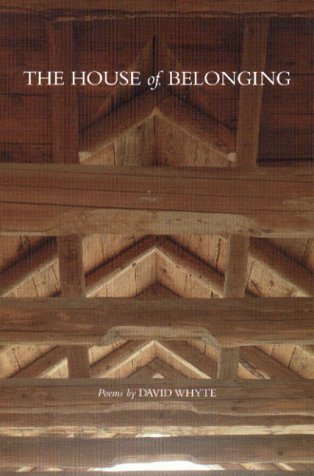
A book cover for The House of Belonging; David Whyte; Literature & Fiction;